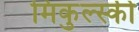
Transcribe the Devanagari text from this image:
मिकुल्स्की